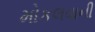
મોકલવાની